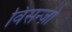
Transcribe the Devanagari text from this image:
विसन्ज़ो